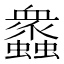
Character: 𧕠